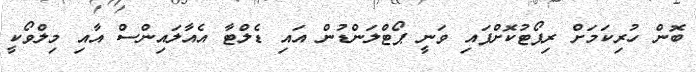
ބޮން ހުރިކަމަށް ރިޕޯޓުކޮށްފައި ވަނީ ޕޯޓްލަންޑުން އައި ޑެލްޓާ އެއާލައިންސް އާއި މިލްވޯކީ